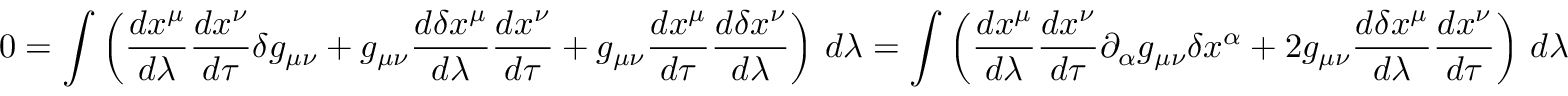
0 = \int \left( { \frac { d x ^ { \mu } } { d \lambda } } { \frac { d x ^ { \nu } } { d \tau } } \delta g _ { \mu \nu } + g _ { \mu \nu } { \frac { d \delta x ^ { \mu } } { d \lambda } } { \frac { d x ^ { \nu } } { d \tau } } + g _ { \mu \nu } { \frac { d x ^ { \mu } } { d \tau } } { \frac { d \delta x ^ { \nu } } { d \lambda } } \right) \, d \lambda = \int \left( { \frac { d x ^ { \mu } } { d \lambda } } { \frac { d x ^ { \nu } } { d \tau } } \partial _ { \alpha } g _ { \mu \nu } \delta x ^ { \alpha } + 2 g _ { \mu \nu } { \frac { d \delta x ^ { \mu } } { d \lambda } } { \frac { d x ^ { \nu } } { d \tau } } \right) \, d \lambda